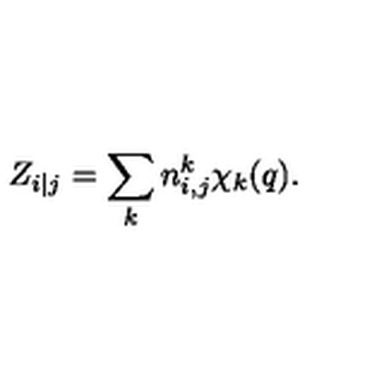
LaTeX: Z _ { i | j } = \sum _ { k } n _ { i , j } ^ { k } \chi _ { k } ( q ) .